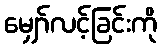
မျှော်လင့်ခြင်းကို